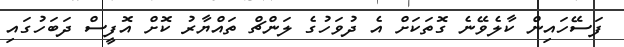
ފަސޭހައިން ކާލެވޭނެ ގޮތަކަށް އެ ދުވަހުގެ ލަންޗް ތައްޔާރު ކޮށް އޮފީސް ދަބަހުގައި